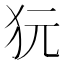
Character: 𤝌